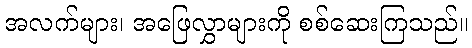
အလက်များ၊ အဖြေလွှာများကို စစ်ဆေးကြသည်။